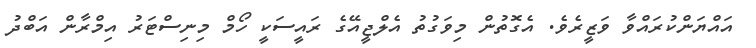
އައްޔަންކުރައްވާ ވަޒީރެވެ. އެގޮތުން މިވަގުތު އެލްޖީއޭގެ ރައީސަކީ ހޯމް މިނިސްޓަރު އިމްރާން އަބްދު